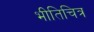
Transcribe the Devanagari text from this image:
भीतिचित्र